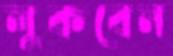
লুকবেন